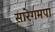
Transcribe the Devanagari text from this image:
सारेगमपा